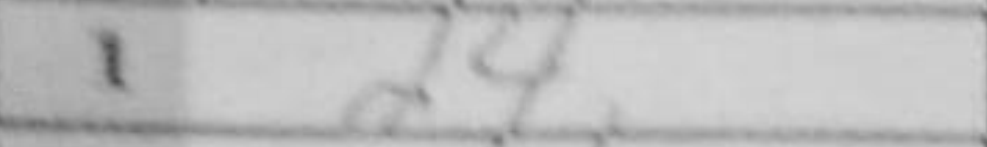
Transcription: d4